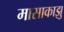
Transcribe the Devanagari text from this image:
मासाकाझु